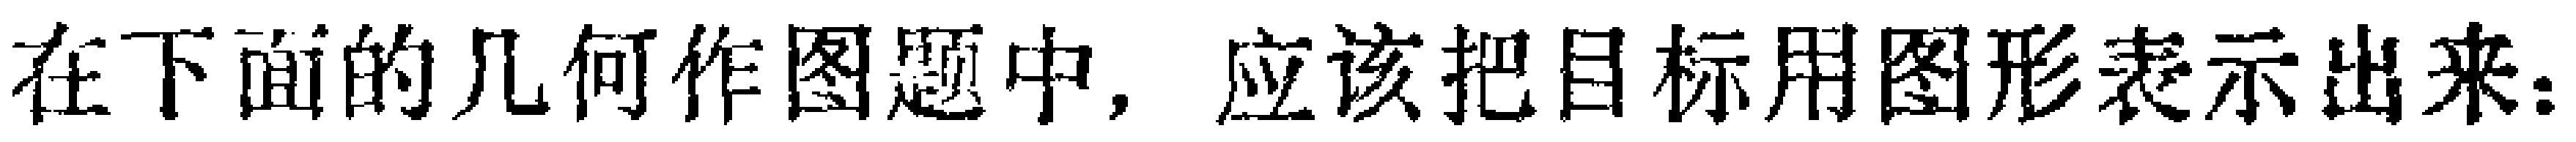
在下面的几何作图题中，应该把目标用图形表示出来：